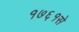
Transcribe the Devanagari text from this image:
१७६१से